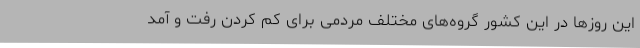
این روزها در این کشور گروه‌های مختلف مردمی برای کم کردن رفت و آمد